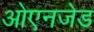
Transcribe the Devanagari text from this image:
ओएनजेड